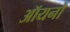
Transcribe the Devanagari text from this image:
ऑयनों